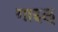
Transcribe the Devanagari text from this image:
गाइल्